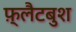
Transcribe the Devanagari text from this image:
फ़्लैटबुश